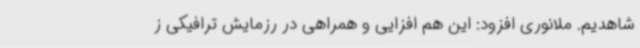
شاهدیم. ملانوری افزود: این هم افزایی و همراهی در رزمایش ترافیکی ز